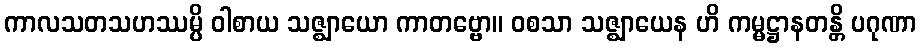
ကာလသတသဟဿမ္ပိ ဝါစာယ သဇ္ဈာယော ကာတဗ္ဗော။ ဝစသာ သဇ္ဈာယေန ဟိ ကမ္မဋ္ဌာနတန္တိ ပဂုဏာ